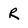
Character: r